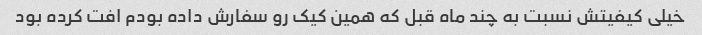
خیلی کیفیتش نسبت به چند ماه قبل که همین کیک رو سفارش داده بودم افت کرده بود